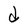
Character: d